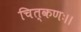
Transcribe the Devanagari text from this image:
चित्कणः।।